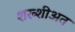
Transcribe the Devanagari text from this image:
शख्शीअत